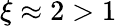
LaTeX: \xi\approx 2>1